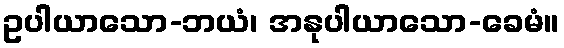
ဥပါယာသော-ဘယံ၊ အနုပါယာသော-ခေမံ။